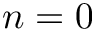
n = 0